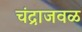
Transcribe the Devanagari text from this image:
चंद्राजवळ